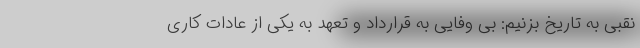
نقبی به تاریخ بزنیم: بی وفایی به قرارداد و تعهد به یکی از عادات کاری